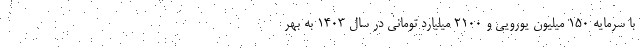
با سرمایه ۱۵۰ میلیون یورویی و ۲۱۰۰ میلیارد تومانی در سال ۱۴۰۳ به بهر